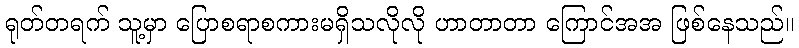
ရုတ်တရက် သူ့မှာ ပြောစရာစကားမရှိသလိုလို ဟာတာတာ ကြောင်အအ ဖြစ်နေသည်။